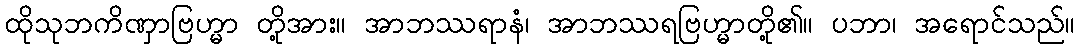
ထိုသုဘကိဏှာဗြဟ္မာ တို့အား။ အာဘဿရာနံ၊ အာဘဿရဗြဟ္မာတို့၏။ ပဘာ၊ အရောင်သည်။